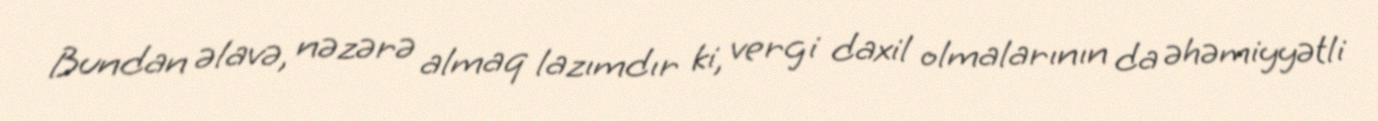
Bundan əlavə, nəzərə almaq lazımdır ki, vergi daxil olmalarının da əhəmiyyətli